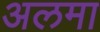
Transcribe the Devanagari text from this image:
अलमा